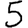
Digit: 5